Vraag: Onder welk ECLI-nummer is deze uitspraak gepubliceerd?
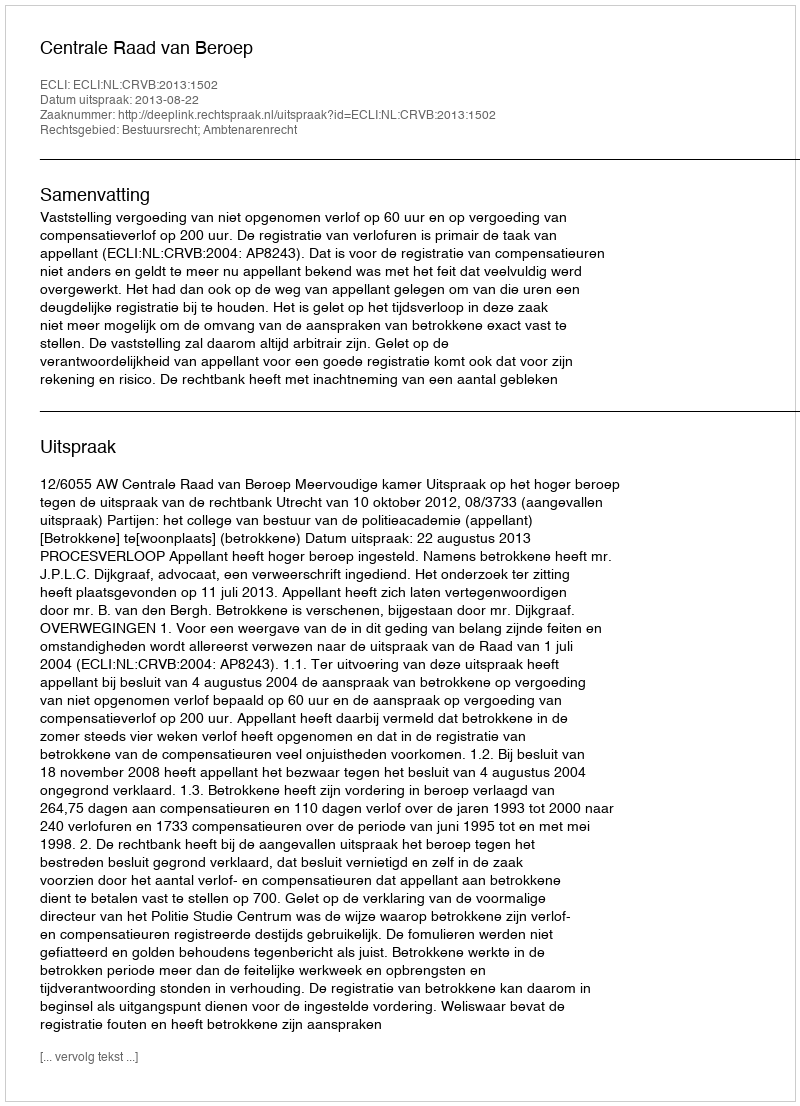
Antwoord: ECLI:NL:CRVB:2013:1502